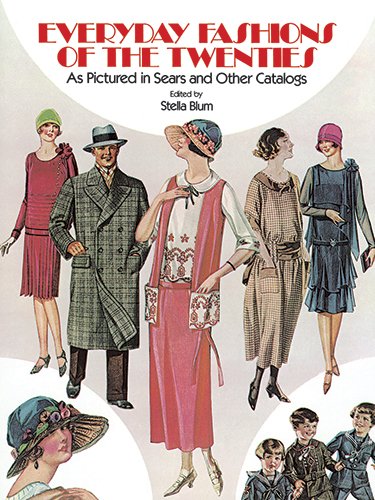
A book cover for Everyday Fashions of the Twenties: As Pictured in Sears and Other Catalogs (Dover Fashion and Costumes); Crafts, Hobbies & Home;